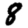
Digit: 8